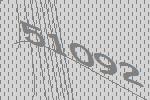
51092